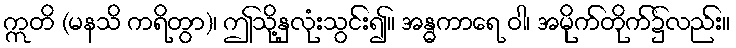
ဣတိ (မနသိ ကရိတွာ)၊ ဤသို့နှလုံးသွင်း၍။ အန္ဓကာရေ ဝါ၊ အမိုက်တိုက်၌လည်း။